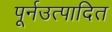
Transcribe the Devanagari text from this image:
पूर्नउत्पादित